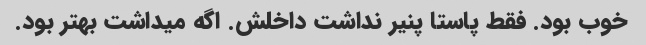
خوب بود. فقط پاستا پنیر نداشت داخلش. اگه میداشت بهتر بود.